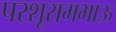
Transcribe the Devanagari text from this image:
परशूरामभाऊ